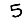
Digit: 5